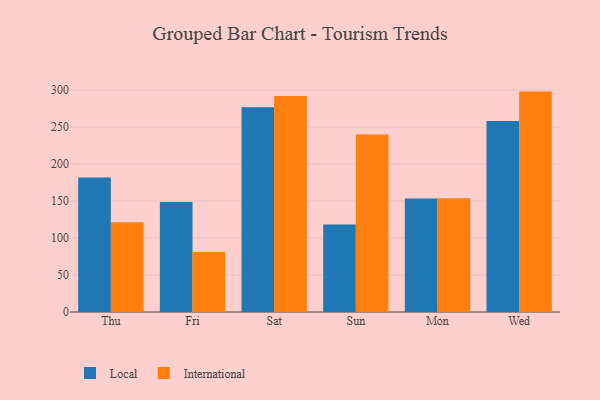
{"axis": {"x": "Day", "y": "Temperature (°C)"}, "legend": ["International", "Local"], "data": [{"x": "Thu", "y": 181.7, "type": "Local"}, {"x": "Thu", "y": 121.4, "type": "International"}, {"x": "Fri", "y": 148.7, "type": "Local"}, {"x": "Fri", "y": 81.1, "type": "International"}, {"x": "Sat", "y": 276.9, "type": "Local"}, {"x": "Sat", "y": 291.9, "type": "International"}, {"x": "Sun", "y": 118.4, "type": "Local"}, {"x": "Sun", "y": 239.9, "type": "International"}, {"x": "Mon", "y": 153.3, "type": "Local"}, {"x": "Mon", "y": 153.9, "type": "International"}, {"x": "Wed", "y": 258.2, "type": "Local"}, {"x": "Wed", "y": 297.9, "type": "International"}]}